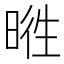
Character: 𣇭